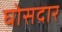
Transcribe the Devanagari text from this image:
घोसदार